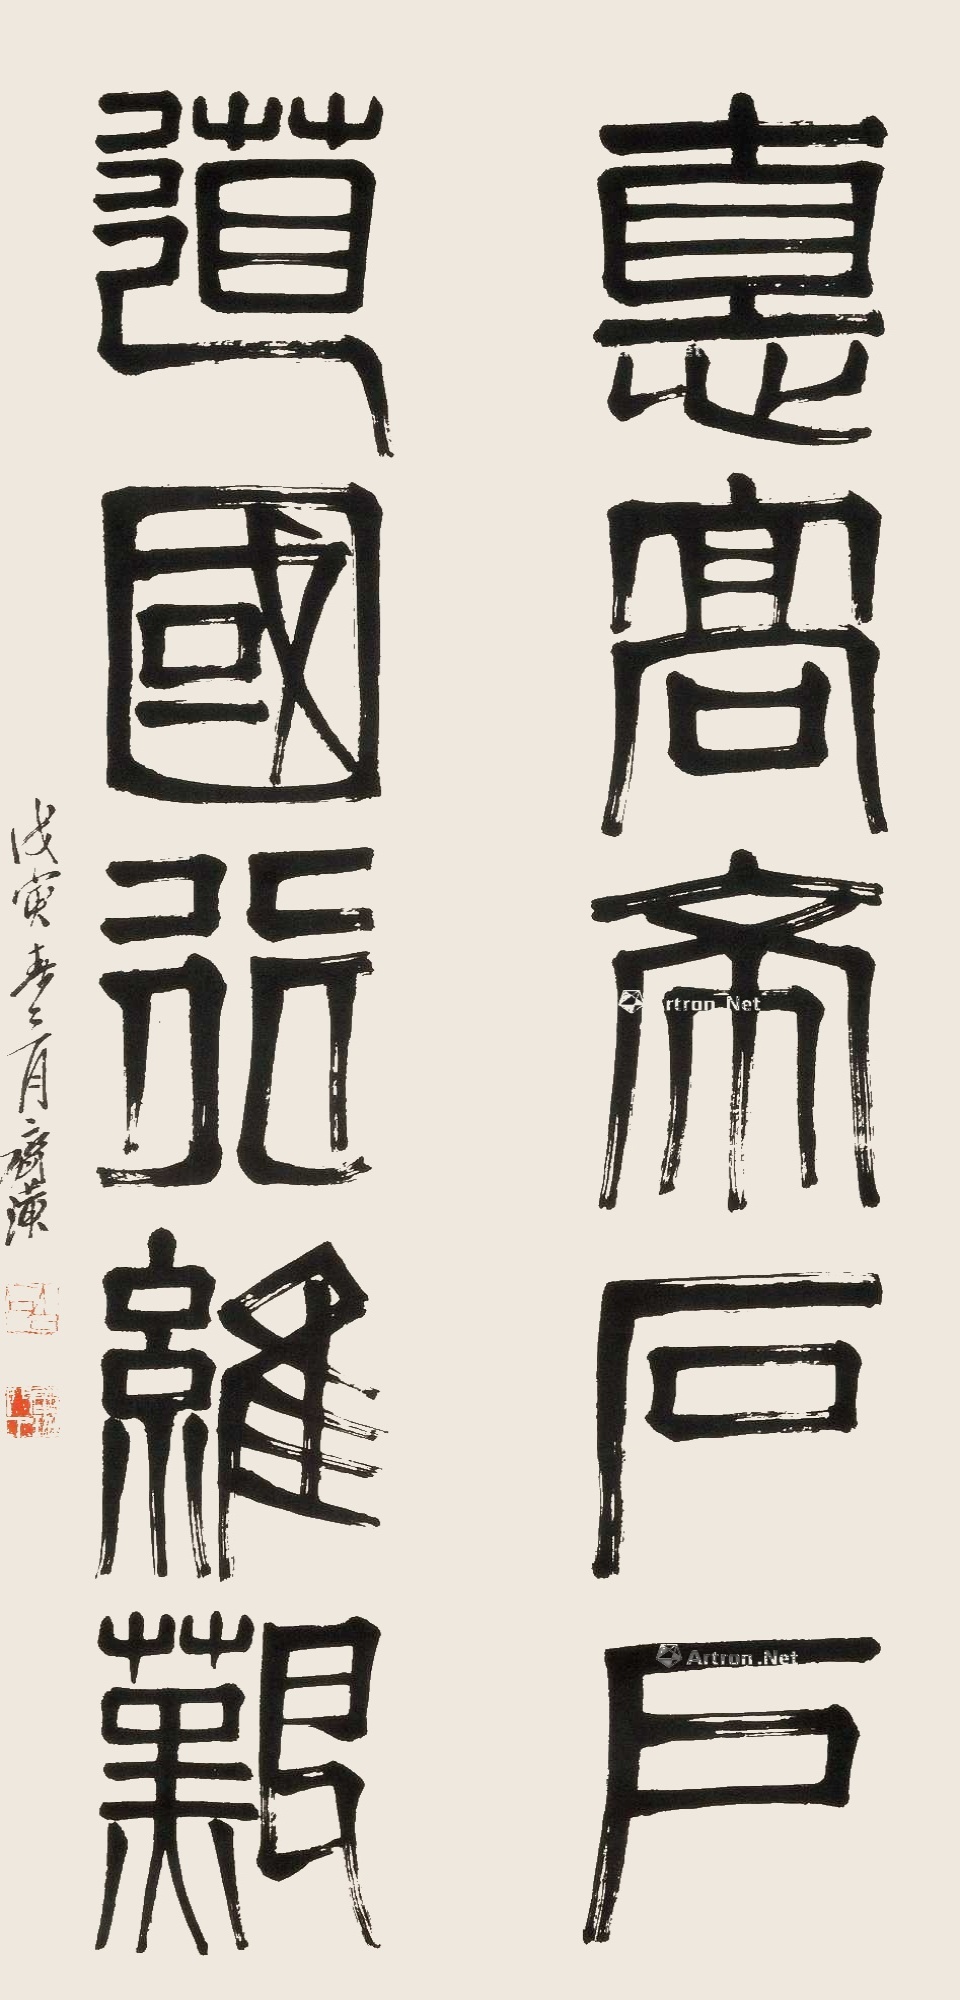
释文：德高希石户，道国行维艰。戊寅春三月，齐璜。